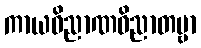
ကာယဝိညာဏဝိညာတဗ္ဗာ